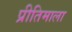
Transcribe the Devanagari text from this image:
प्रीतिमाला